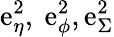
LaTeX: \mathrm{e}_{\eta}^{2},\ \mathrm{e}_{\phi}^{2},\mathrm{e}_{\Sigma}^{2}